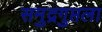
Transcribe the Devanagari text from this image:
समुद्रगुप्तला